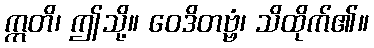
ဣတိ၊ ဤသို့။ ဝေဒိတဗ္ဗံ၊ သိထိုက်၏။